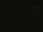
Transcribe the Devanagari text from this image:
ताजें